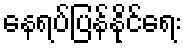
နေရပ်ပြန်နိုင်ရေး